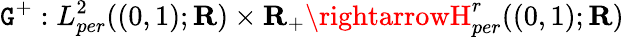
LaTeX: \mathtt{G}^{+}:L_{per}^{2}((0,1);\mathbf{{R}})\times\mathbf{{R}}_{+}\rightarrowH_{per}^{r}((0,1);\mathbf{{R}})